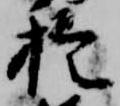
於